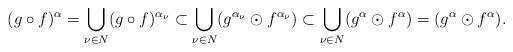
LaTeX: \begin{align*}(g\circ f)^\alpha=\bigcup_{\nu\in N}(g\circ f)^{\alpha_\nu}\subset\bigcup_{\nu\in N}(g^{\alpha_\nu}\odot f^{\alpha_\nu})\subset\bigcup_{\nu\in N}(g^{\alpha}\odot f^{\alpha})=(g^{\alpha}\odot f^{\alpha}).\end{align*}